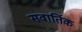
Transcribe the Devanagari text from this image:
सवार्तिक